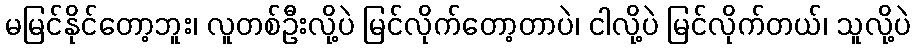
မမြင်နိုင်တော့ဘူး၊ လူတစ်ဦးလို့ပဲ မြင်လိုက်တော့တာပဲ၊ ငါလို့ပဲ မြင်လိုက်တယ်၊ သူလို့ပဲ